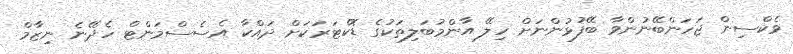
ވެކްސިން ޖަހަންބޭނުންވާ ބޭފުޅުންނަށް ހިލޭ އާންމުބަލިތަކުގެ ޑޮކްޓަރަކަށް ދައްކާ އެސެސްމަންޓް ހެދޭނެ ނިޒާމް